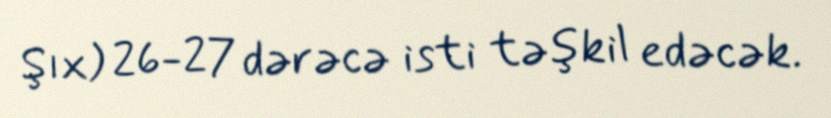
Şıx) 26-27 dərəcə isti təşkil edəcək.